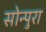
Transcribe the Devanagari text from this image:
सोन्पुरा